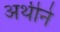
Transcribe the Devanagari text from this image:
अथीने